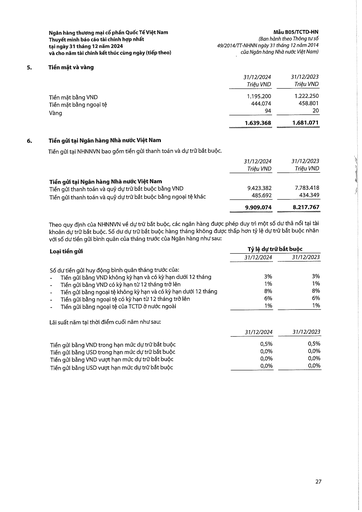
||31/12/2024 Triệu VND|31/12/2023 Triệu VND| |---|---|---| |Tiền mặt bằng VND|1.195.200|1.222.250| |Tiền mặt bằng ngoại tệ|444.074|458.801| |Vàng|94|20| ||1.639.368|1.681.071| ||31/12/2024 Triệu VND|31/12/2023 Triệu VND| |---|---|---| |Tiền gửi tại Ngân hàng Nhà nước Việt Nam||| |Tiền gửi thanh toán và quỹ dự trữ bắt buộc bằng VND|9.423.382|7.783.418| |Tiền gửi thanh toán và quỹ dự trữ bắt buộc bằng ngoại tệ khác|485.692|434.349| ||9.909.074|8.217.767| |Loại tiền gửi|Tỷ lệ dự trữ|bắt buộc| |---|---|---| ||31/12/2024|31/12/2023| |Số dư tiền gửi huy động bình quân tháng trước của:||| |- Tiền gửi bằng VND không kỳ hạn và có kỳ hạn dưới 12 tháng|3%|3%| |- Tiền gửi bằng VND có kỳ hạn từ 12 tháng trở lên|1%|1%| |- Tiền gửi bằng ngoại tệ không kỳ hạn và có kỳ hạn dưới 12 tháng|8%|8%| |- Tiền gửi bằng ngoại tệ có kỳ hạn từ 12 tháng trở lên|6%|6%| |- Tiền gửi bằng ngoại tệ của TCTD nước ngoài|1%|1%| ||31/12/2024|31/12/2023| |---|---|---| |Tiền gửi bằng VND trong hạn mức dự trữ bắt buộc|0,5%|0,5%| |Tiền gửi bằng USD trong hạn mức dự trữ bắt buộc|0,0%|0,0%| |Tiền gửi bằng VND vượt hạn mức dự trữ bắt buộc|0,0%|0,0%| |Tiền gửi bằng USD vượt hạn mức dự trữ bắt buộc|0,0%|0,0%|